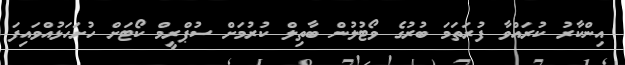
އިންކާރު ކުރައްވާ ފުރަތަމަ ބުރުގެ ވޯޓުލުން ބާތިލް ކުރުމަށް ސުޕްރީމް ކޯޓަށް ހުށަހަޅުއްވައިފަ